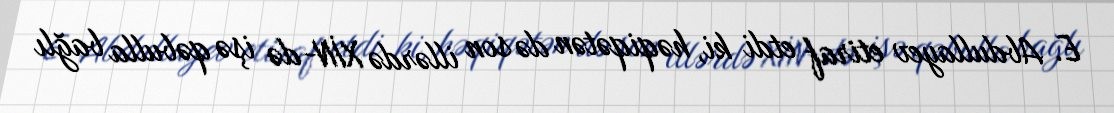
E. Abdullayev etiraf etdi ki, həqiqətən də son illərdə XİN-də işə qəbulla bağlı